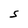
Character: S